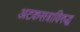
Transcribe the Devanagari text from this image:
अटकसत्राविरुद्ध